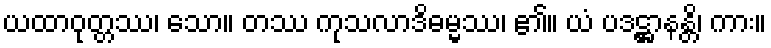
ယထာဝုတ္တဿ၊ သော။ တဿ ကုသလာဒိဓမ္မဿ၊ ၏။ ယံ ပဒဋ္ဌာနန္တိ၊ ကား။